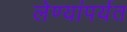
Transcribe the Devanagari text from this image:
लेण्यांपर्यत